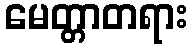
မေတ္တာတရား